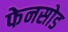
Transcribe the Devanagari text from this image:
फेनसोड